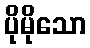
ပိုမိုသော